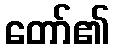
တော်၏